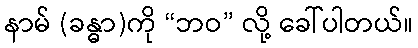
နာမ် (ခန္ဓာ)ကို “ဘဝ” လို့ ခေါ်ပါတယ်။